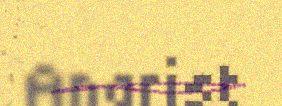
Anarist